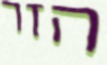
הזר